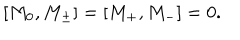
LaTeX: [ M _ { 0 } , M _ { \pm } ] = [ M _ { + } , M _ { - } ] = 0 .